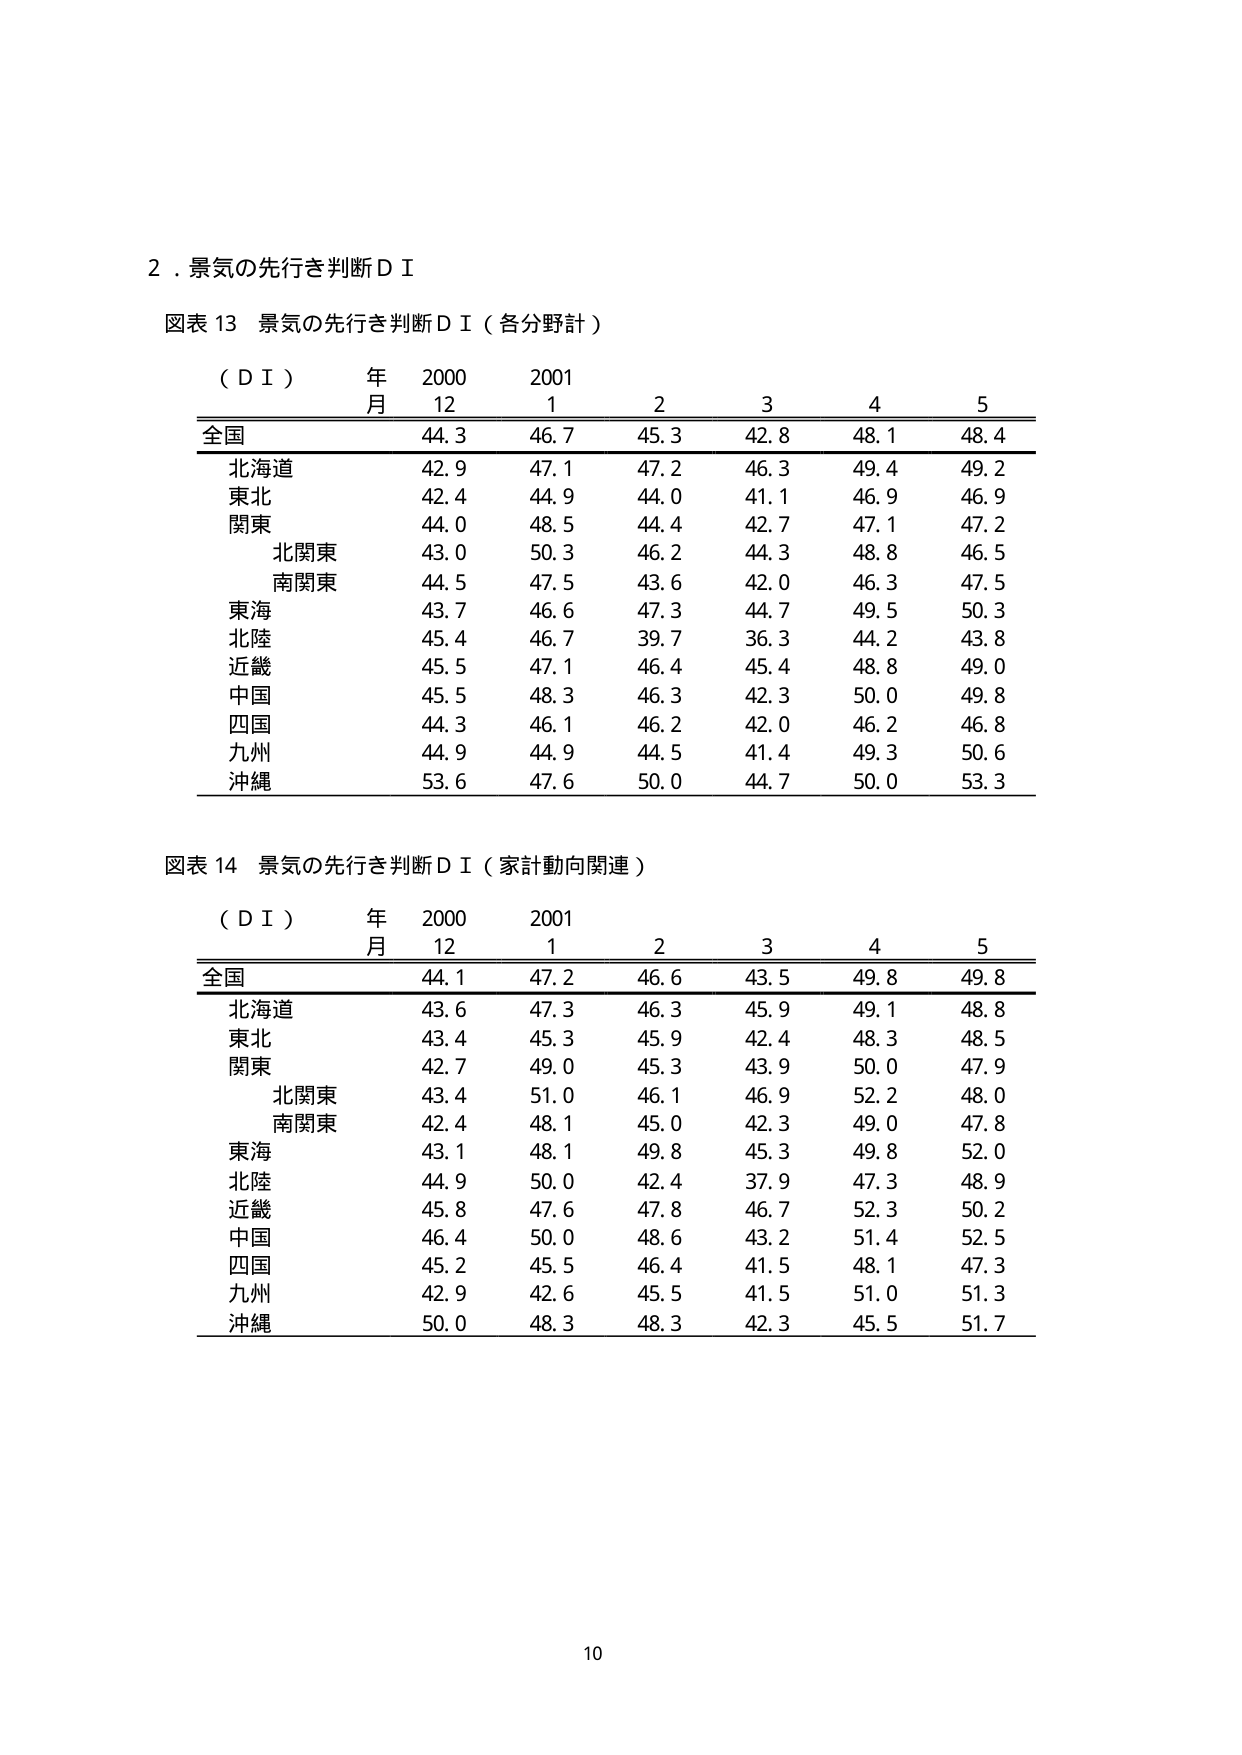
2．景気の先行き判断ＤＩ

図表13 景気の先行き判断ＤＩ（各分野計）

（ＤＩ） 年 2000 2001
　　　　月 12 1 2 3 4 5
全国 44.3 46.7 45.3 42.8 48.1 48.4
　北海道 42.9 47.1 47.2 46.3 49.4 49.2
　東北 42.4 44.9 44.0 41.1 46.9 46.9
　関東 44.0 48.5 44.4 42.7 47.1 47.2
　　北関東 43.0 50.3 46.2 44.3 48.8 46.5
　　南関東 44.5 47.5 43.6 42.0 46.3 47.5
　東海 43.7 46.6 47.3 44.7 49.5 50.3
　北陸 45.4 46.7 39.7 36.3 44.2 43.8
　近畿 45.5 47.1 46.4 45.4 48.8 49.0
　中国 45.5 48.3 46.3 42.3 50.0 49.8
　四国 44.3 46.1 46.2 42.0 46.2 46.8
　九州 44.9 44.9 44.5 41.4 49.3 50.6
　沖縄 53.6 47.6 50.0 44.7 50.0 53.3

図表14 景気の先行き判断ＤＩ（家計動向関連）

（ＤＩ） 年 2000 2001
　　　　月 12 1 2 3 4 5
全国 44.1 47.2 46.6 43.5 49.8 49.8
　北海道 43.6 47.3 46.3 45.9 49.1 48.8
　東北 43.4 45.3 45.9 42.4 48.3 48.5
　関東 42.7 49.0 45.3 43.9 50.0 47.9
　　北関東 43.4 51.0 46.1 46.9 52.2 48.0
　　南関東 42.4 48.1 45.0 42.3 49.0 47.8
　東海 43.1 48.1 49.8 45.3 49.8 52.0
　北陸 44.9 50.0 42.4 37.9 47.3 48.9
　近畿 45.8 47.6 47.8 46.7 52.3 50.2
　中国 46.4 50.0 48.6 43.2 51.4 52.5
　四国 45.2 45.5 46.4 41.5 48.1 47.3
　九州 42.9 42.6 45.5 41.5 51.0 51.3
　沖縄 50.0 48.3 48.3 42.3 45.5 51.7

10